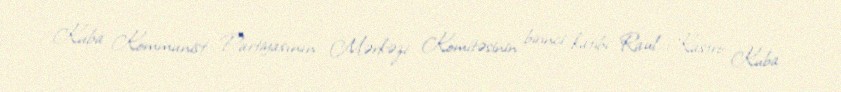
Kuba Kommunist Partiyasının Mərkəzi Komitəsinin birinci katibi Raul Kastro Kuba